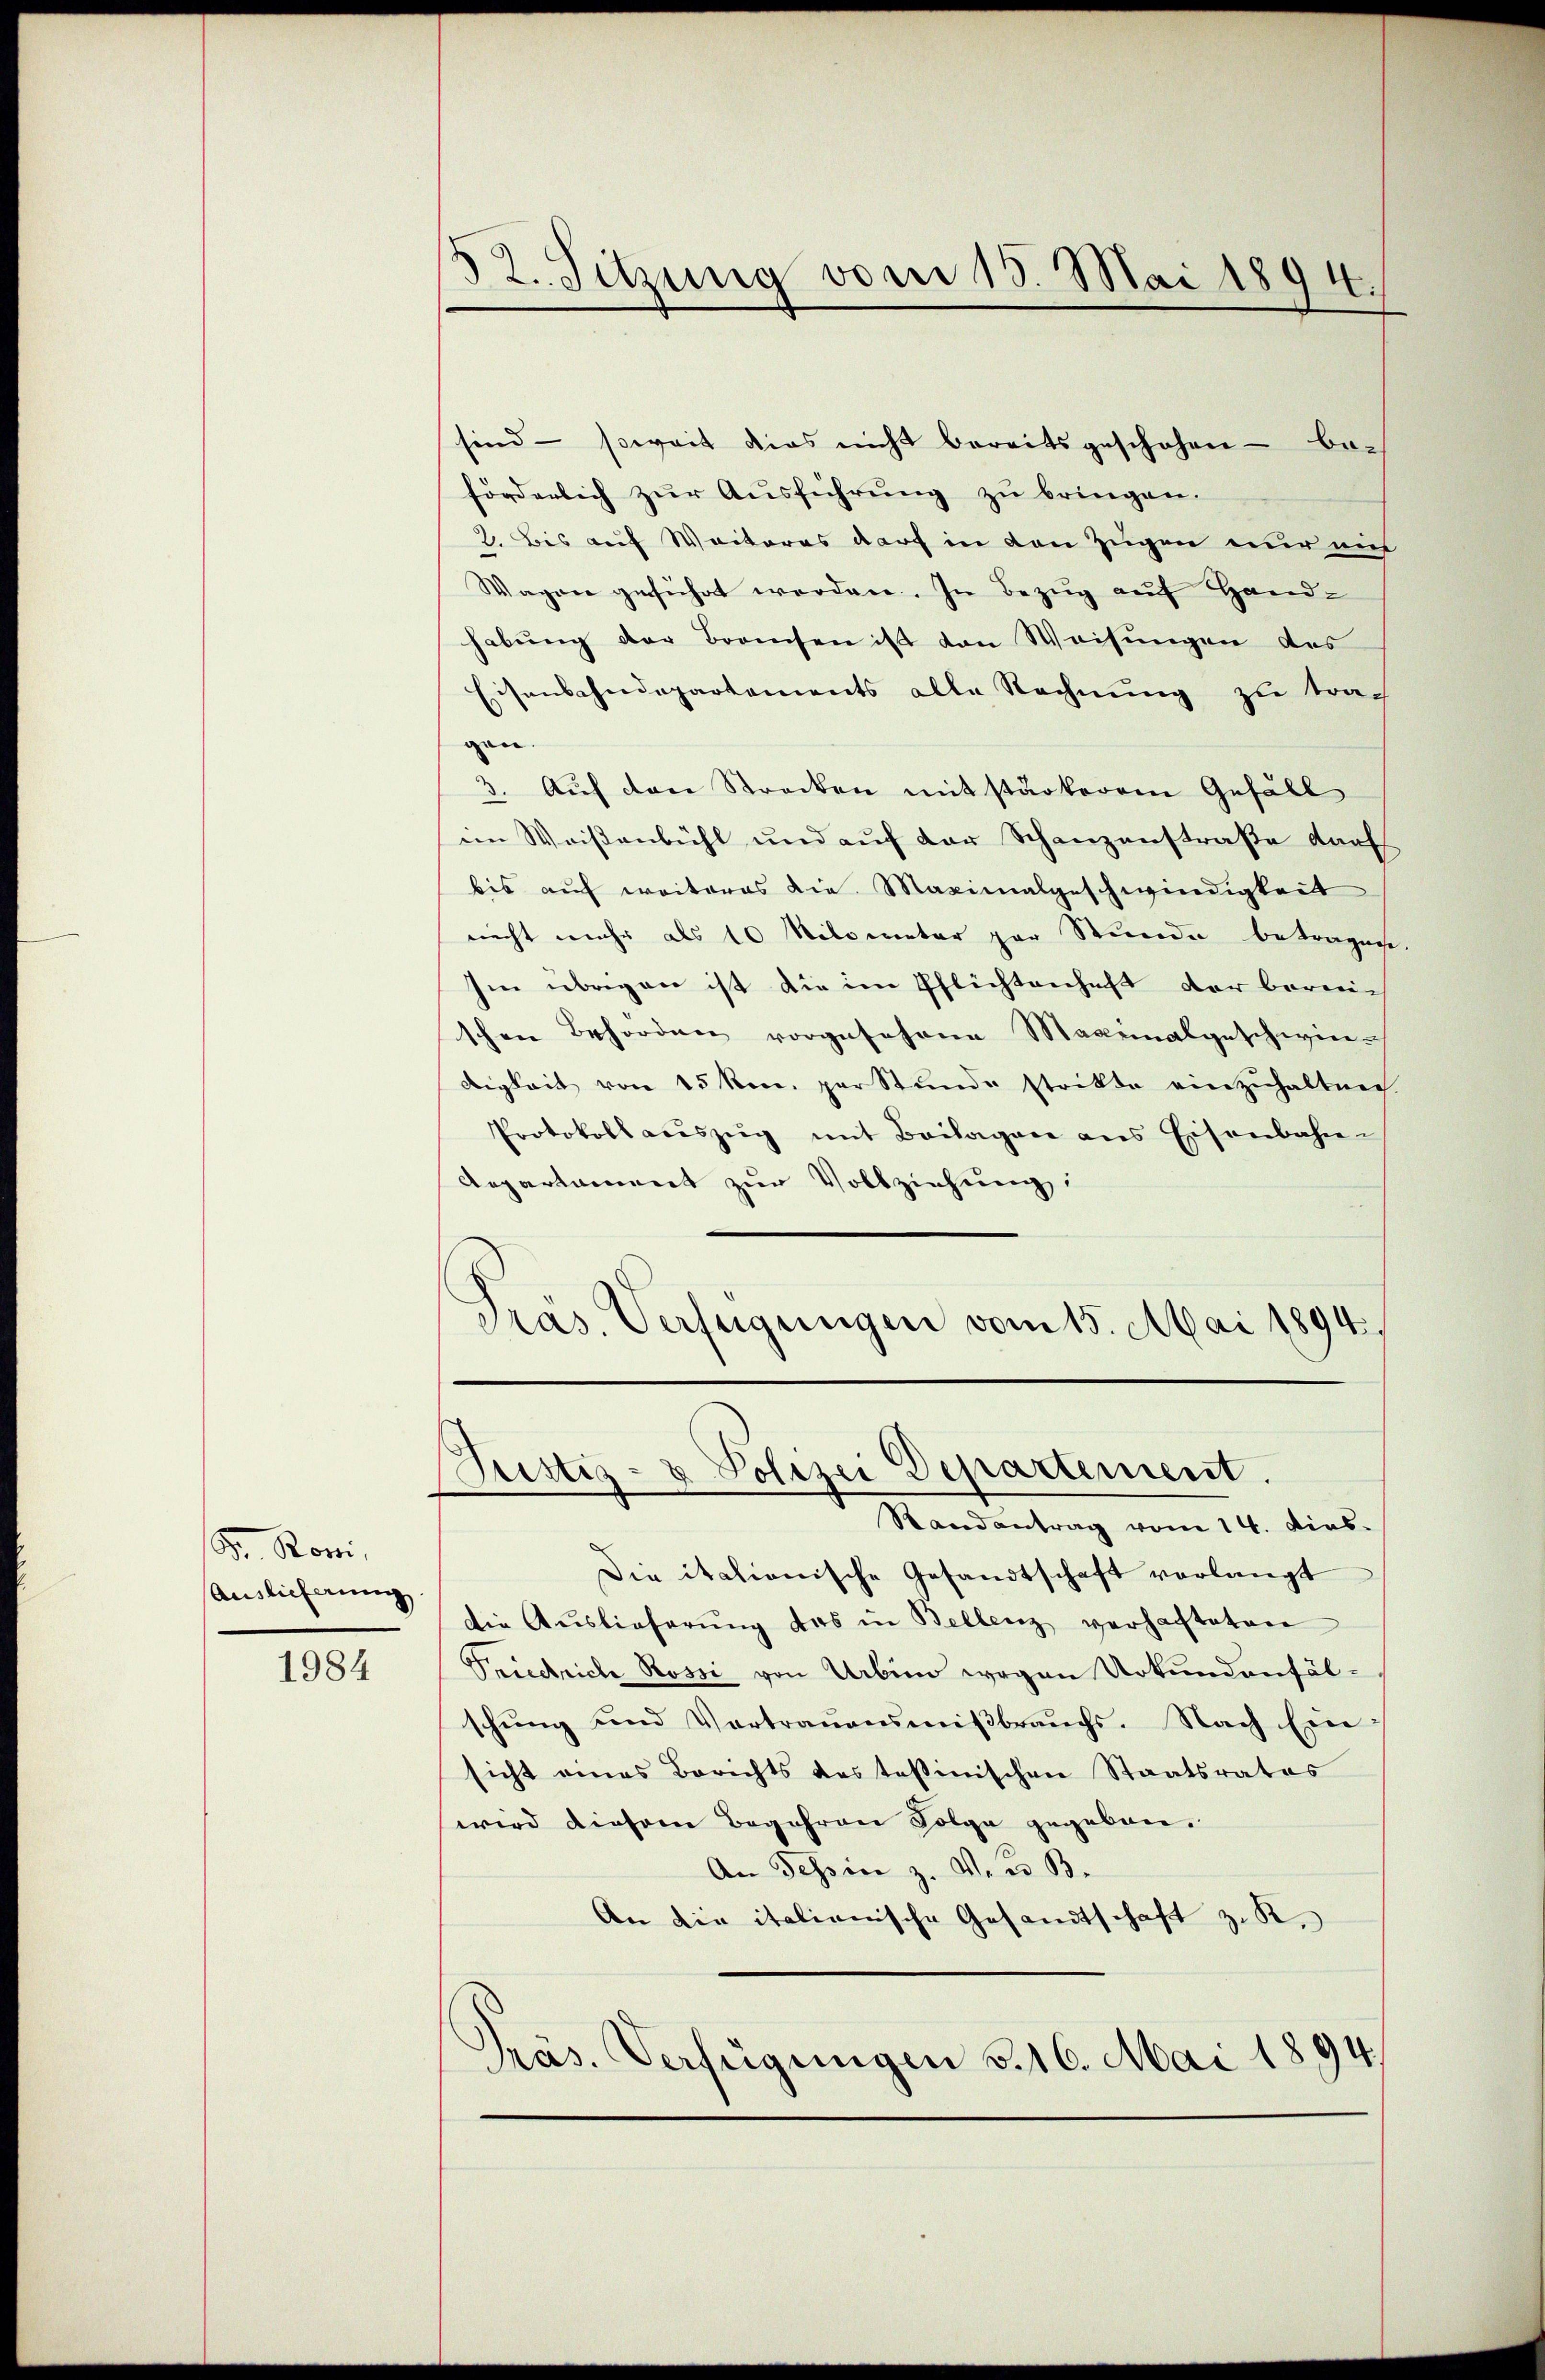
Fr. Romi
Auslieferung

1984

52. Sitzung vom 15. Mai 1894.

sind - soweit dies nicht bereitsgeschehen - be-
förderlich zur Ausführung zu bringen.
2. Bis auf Weiteres darf in den Zügen nur mit
Wagen geführt werden. In Bezug auf Hand-
habung der Branchen ist von Weisungen des
Eisenscheidepartements alle Rechnung zu trag
gen.
3. Aŭf den Strecken mit stärkerem Gefäll
im Weisenbühl und auf der Schanzenstraße darf
bis auf weiteres die Maximalgeschwindigkeit
nicht mehr als 10 Milometer par Stunde betragen
Im übrigen ist die im Pflichtenhaft der berei-
schen Behörden vorgesehene Maximalgeschwie ich
digkeit von 15 kmn. per Stŭnde strikte einzŭhaltne
Protokoll aŭszŭg mit Beilagen ans Eisenbahn-
Aepartament zur Vollziehung:
Präs. Verfügungen vom 15. Mai 1894

Justiz- & Polizei Departement.
Randantrag vom 14. Dies

Die italienische Gesandtschaft verlangt
die Auslieferŭng des in Bellenz verhafteten
Prüchrich Rossi von Urbin wegen Urkundenfälschŭng und Vertraŭensmiβbraŭchs. Nach Ein-
sicht eines Berichts des testinischen Staatsrates
wird diesem Begehren Folge gegeben.
An Tessin z. Von B.
An die italienische Gesandtschaft z. K.
Präs. Verfügungen §. 16. Mai 1894.